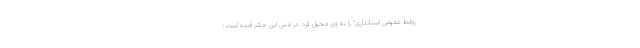
روابط عمومی استانداری" را به وی محول کرد. در متن این حکم آمده است: